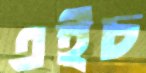
এইচ